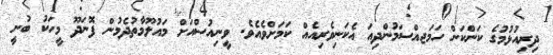
ދިރިއުޅުމުގެ ކަންކަން ހަމަޖއްސަމުންދިއަ އެކަނިވެރިއެއް ކަމަށްވެއެވެ. ވީނިއުސްއަށް މައުލޫމާތުދެމުން ފޮނަދޫ މީހަކު ބުނީ